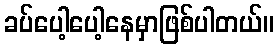
ခပ်ပေါ့ပေါ့နေမှာဖြစ်ပါတယ်။